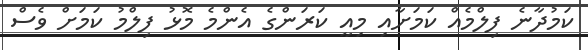
ކަމުދާނެ ފިލްމެއް ކަމަށާއި މިއީ ކަރަންގެ އެންމެ މޮޅު ފިލްމު ކަމަށް ވެސް